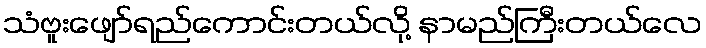
သံဗူးဖျော်ရည်ကောင်းတယ်လို့ နာမည်ကြီးတယ်လေ